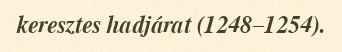
keresztes hadjárat (1248–1254).